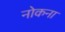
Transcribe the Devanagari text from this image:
नोकना